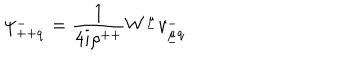
\psi _ { + + \dot { q } } ^ { - } = { \frac { 1 } { 4 i \rho ^ { + + } } } W ^ { \underline { { { \mu } } } } v _ { \underline { { { \mu } } } \dot { q } } ^ { - }